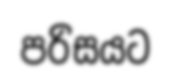
පරිසයට